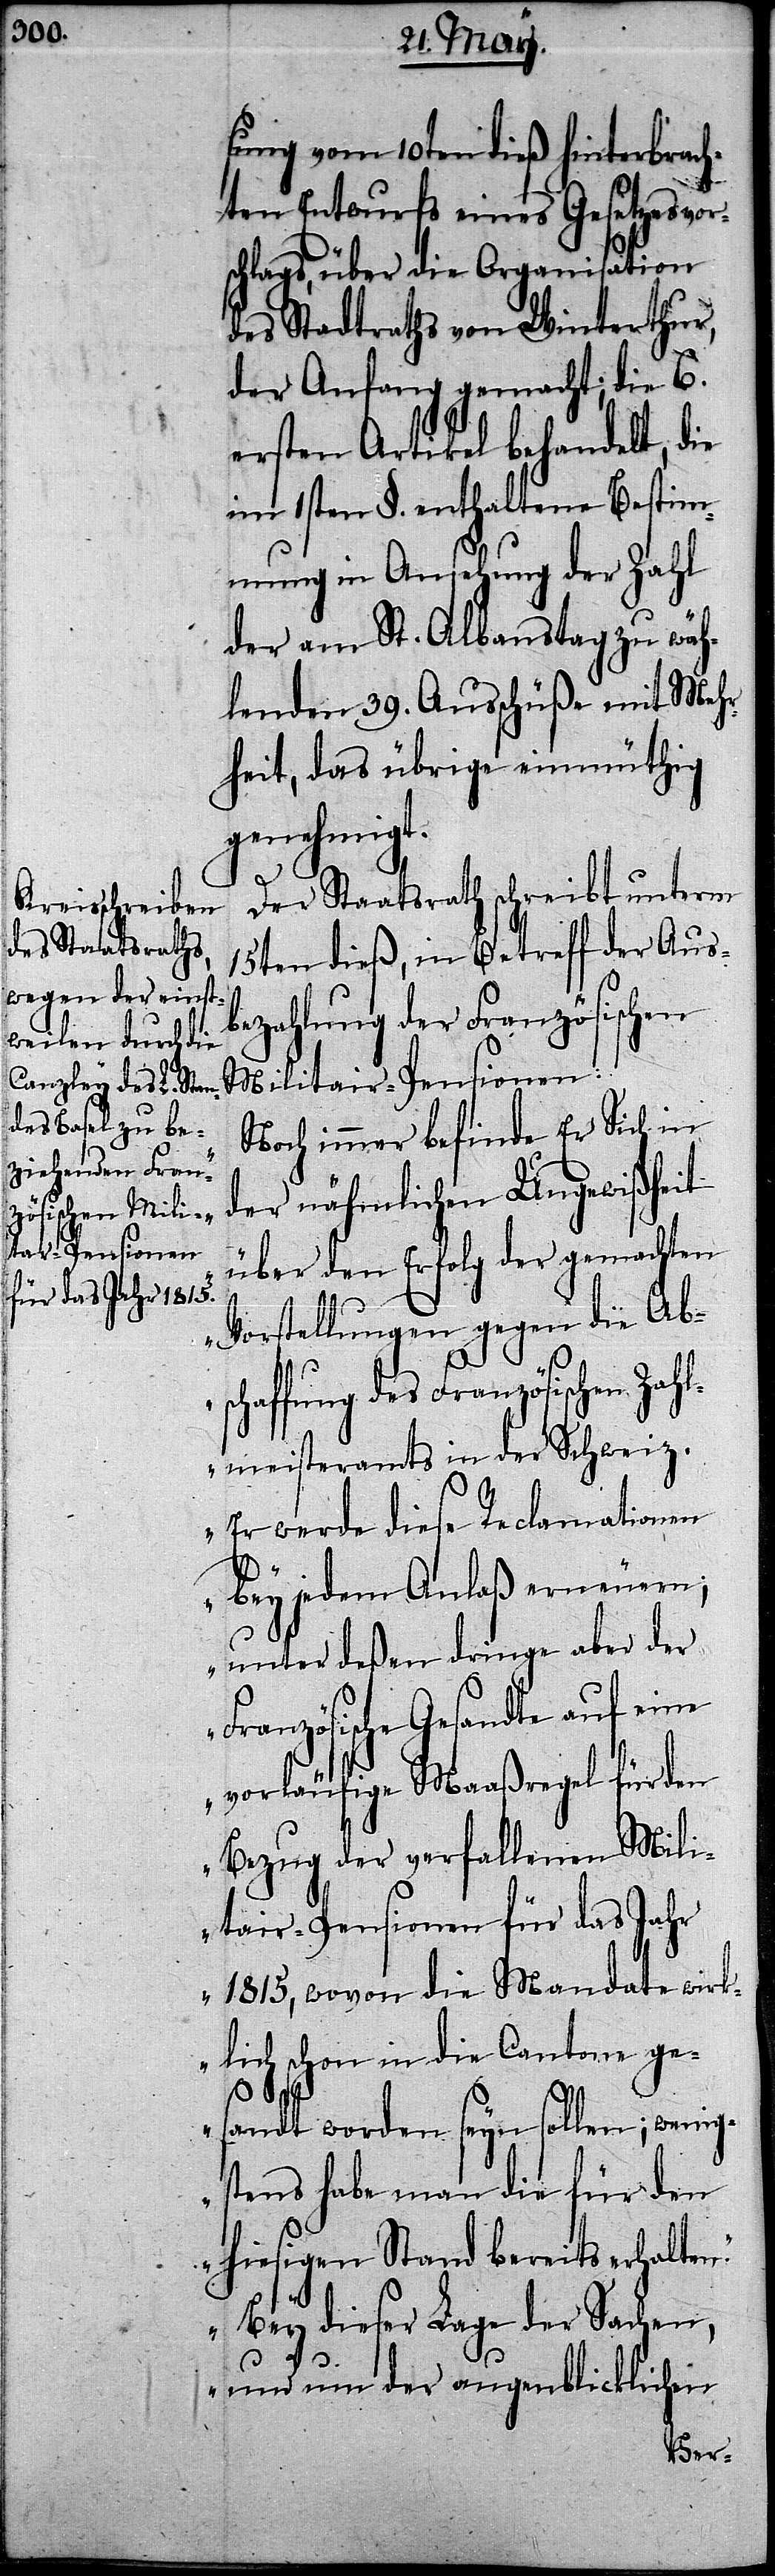
sung vom 10ten dieß hinterbrach¬
ten Entwurfs eines Gesetzesvor¬
schlags, über die Organisation
des Stadtraths von Winterthur,
der Anfang gemacht; die 6.
ersten Artikel behandelt, die
im 1sten §. enthaltene Bestim¬
mung in Ansehung der Zahl
der am St. Albanstag zu wäh¬
lenden 39. Ausschüße mit Mehr¬
heit, das übrige einmüthig
genehmigt.
Der Staatsrath schreibt unterm
15ten dieß, in Betreff der Aus¬
bezahlung der Französischen
Militair-Pensionen:
„Noch immer befinde Er Sich in
der nähmlichen Ungewißheit
über den Erfolg der gemachten
Vorstellungen gegen die Ab¬
haffung des Französischen Zahl¬
meisteramts in der Schweiz.
Er werde diese Reclamationen
bey jedem Anlaß erneuern;
unter deßen dringe aber der
Französische Gesandte auf eine
vorläufige Maaßregel für den
Bezug der verfallenen Mili¬
tair-Pensionen für das Jahr
1815, wovon die Mandate wirk¬
lich schon in die Cantone ge¬
sc¬
sandt worden seyn sollen; wenig¬
stens habe man die für den
hiesigen Stand bereits erhalten.
Bey dieser Lage der Sachen,
und um der augenblicklichen